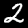
Label: 2